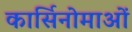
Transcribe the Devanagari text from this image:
कार्सिनोमाओं